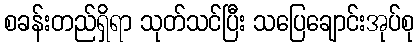
စခန်းတည်ရှိရာ သုတ်သင်ပြီး သပြေချောင်းအုပ်စု